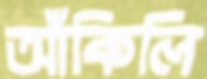
আঁকিলি